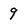
Character: 9